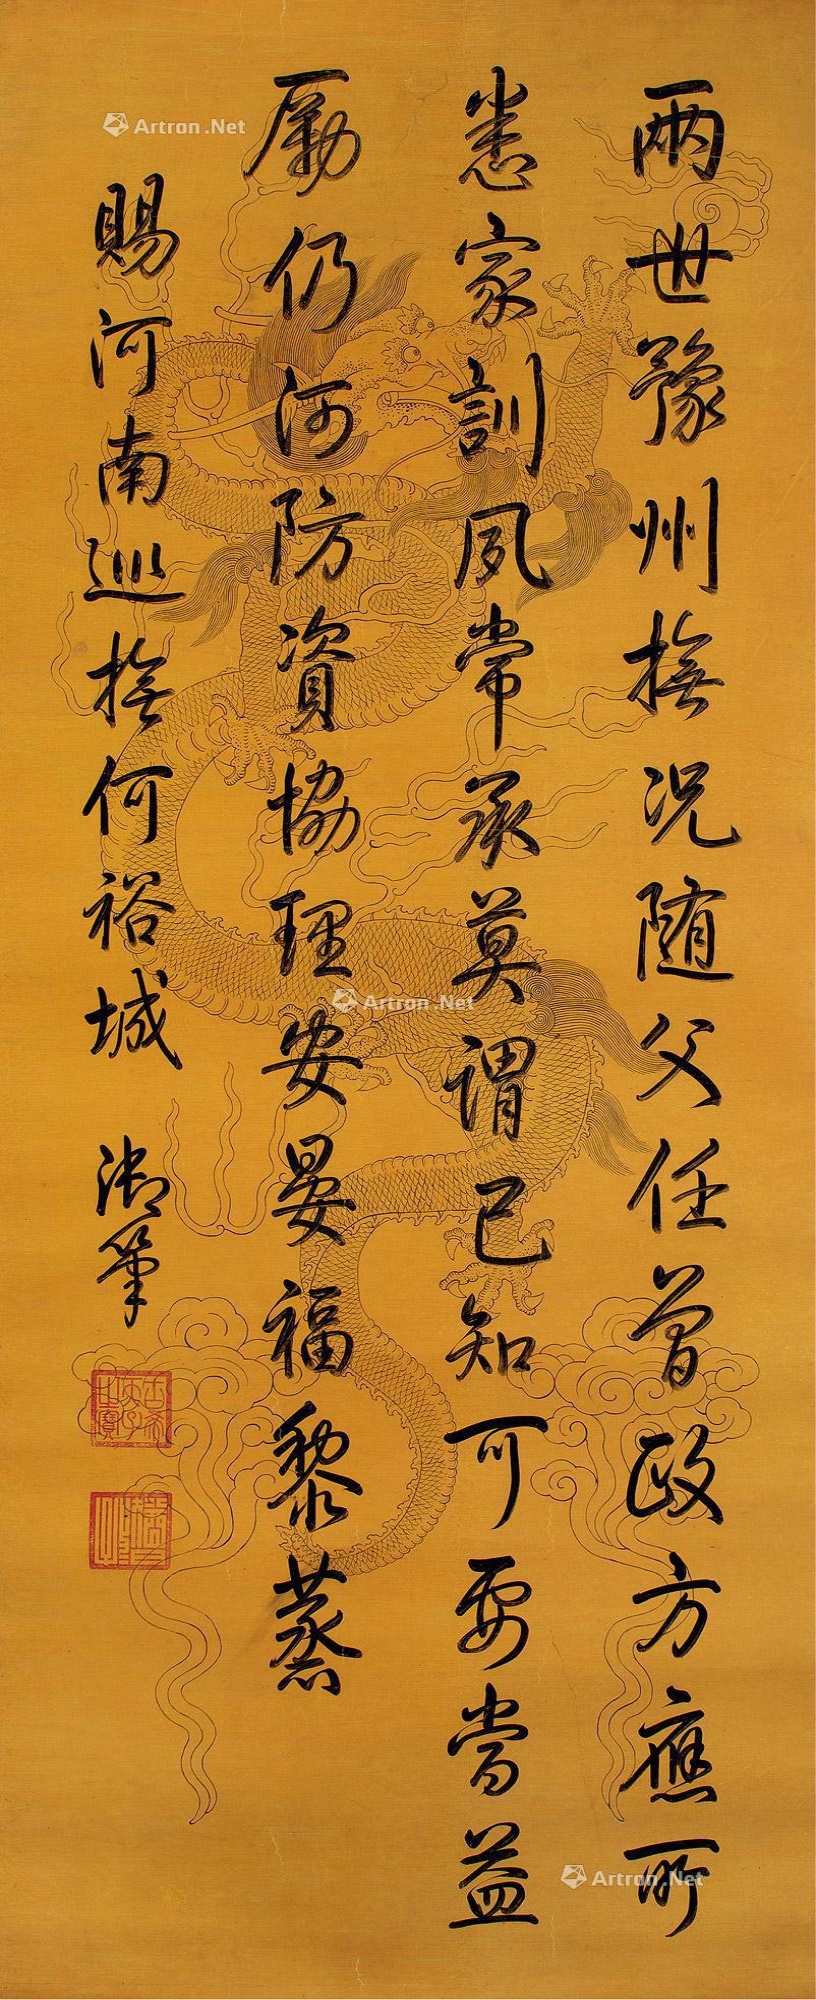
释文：两世豫州抚，况随父任曾。政方应所悉，家训夙常承。莫谓已知可，要当益励仍。河防资协理，安晏福黎蒸。赐河南巡抚何裕城。御笔。